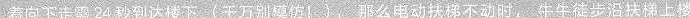
着向下走需24秒到达楼下(千万别模仿！)，那么电动扶梯不动时，牛牛徒步沿扶梯上楼